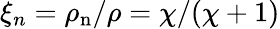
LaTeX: \xi_{n}=\rho_{\mathrm{n}}/\rho=\chi/(\chi+1)